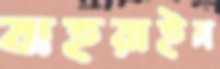
বাহরাইন